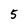
Character: 5